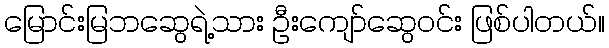
မြောင်းမြဘဆွေရဲ့သား ဦးကျော်ဆွေဝင်း ဖြစ်ပါတယ်။